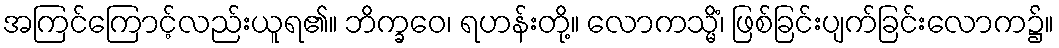
အကြင်ကြောင့်လည်းယူရ၏။ ဘိက္ခဝေ၊ ရဟန်းတို့။ လောကသ္မိံ၊ ဖြစ်ခြင်းပျက်ခြင်းလောက၌။